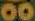
00